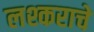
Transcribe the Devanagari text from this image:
लश्कराचे